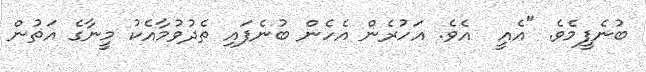
ބުނެފީމެވެ. "އެއީ  އެވެ. އަހުރެން އެހެން ބުނެފައި ތެދުވުމާއެކު މީނާގެ އަތުން